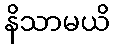
နိသာမယိ